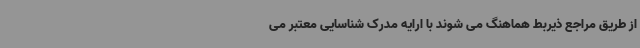
از طریق مراجع ذیربط هماهنگ می شوند با ارایه مدرک شناسایی معتبر می